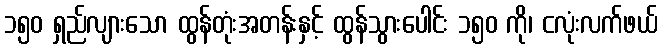
၁၅၀ ရှည်လျားသော ထွန်တုံးအတန်းနှင့် ထွန်သွားပေါင်း ၁၅၀ ကို၊ ငလုံးလက်ဖယ်